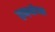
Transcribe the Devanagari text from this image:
हृदयांचा